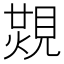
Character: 𧡙